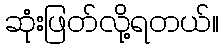
ဆုံးဖြတ်လို့ရတယ်။